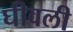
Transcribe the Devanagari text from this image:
घीवली